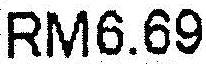
RM6.69